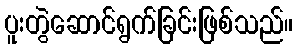
ပူးတွဲဆောင်ရွက်ခြင်းဖြစ်သည်။